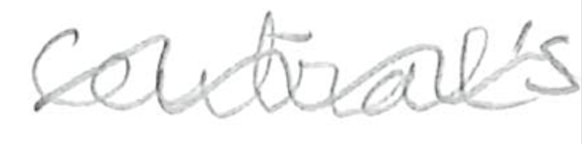
Text: Central's
Cross-out: wave
Writing tool: pencil